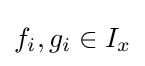
f_{i},g_{i}\in I_{x}